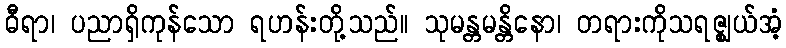
ဓီရာ၊ ပညာရှိကုန်သော ရဟန်းတို့သည်။ သုမန္တမန္တိနော၊ တရားကိုသရဇ္ဈယ်အံ့